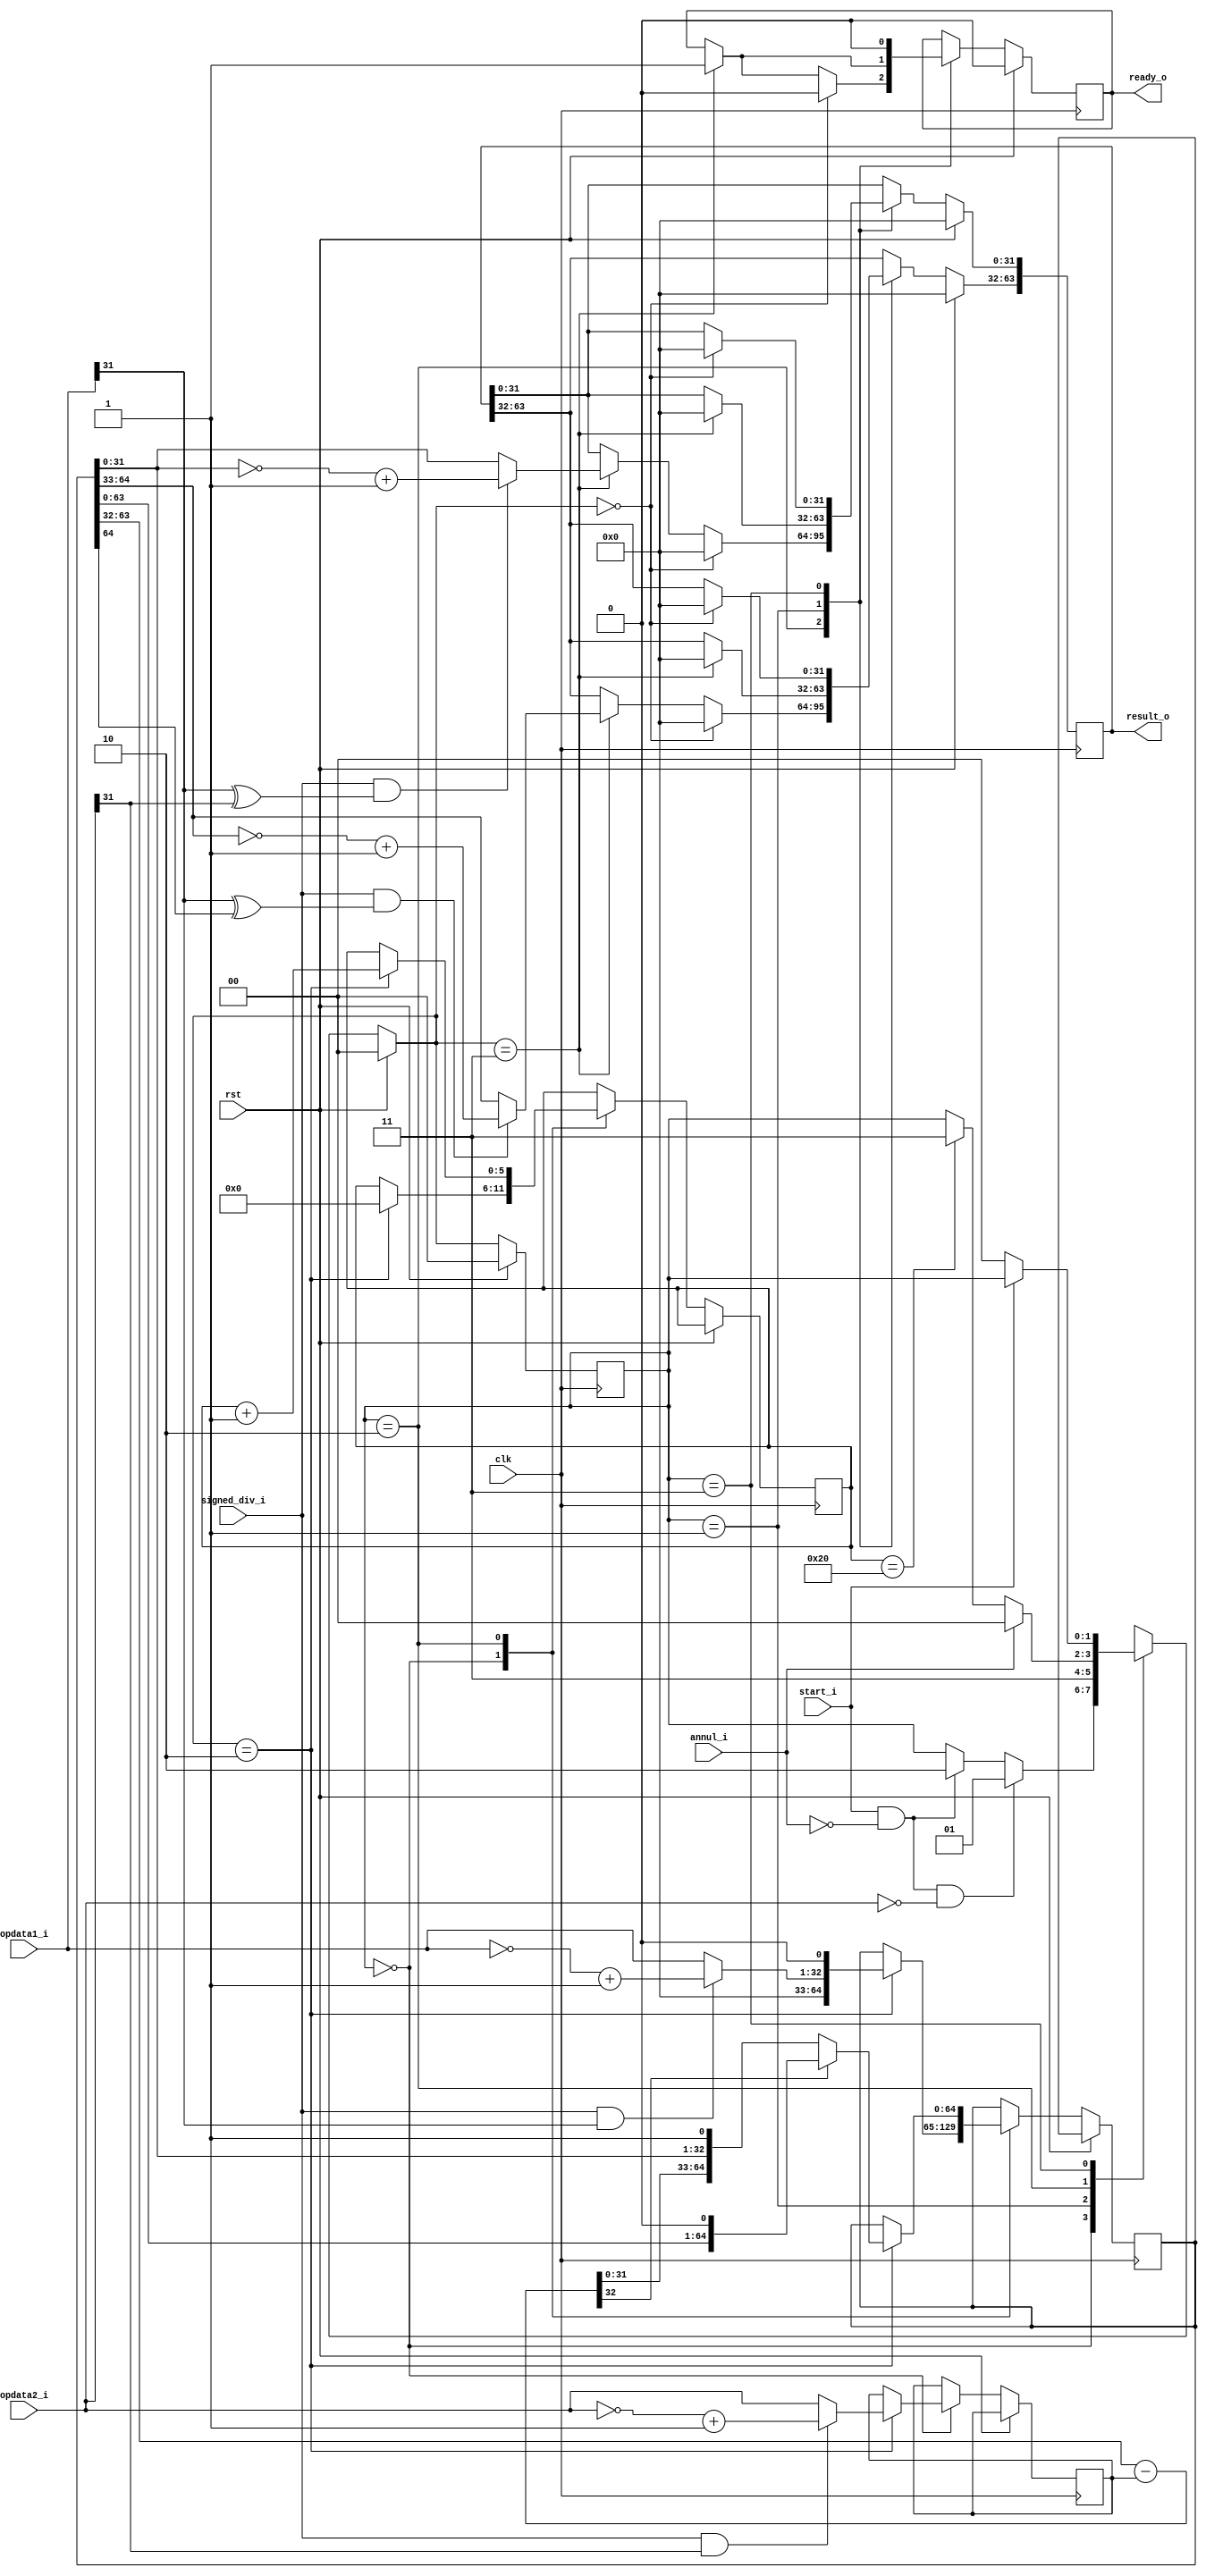
module div(
	input clk,
	input rst,
	
	input	signed_div_i, //
	input [31:0] opdata1_i, opdata2_i,
	input start_i, annul_i, //
	
	output reg [63:0] result_o,
	output reg ready_o
);
	reg [5:0]  cnt; //
	
	localparam DivFree = 0;
	localparam DivByZero = 1;
	localparam DivOn = 2;
	localparam DivEnd = 3;
	reg [1:0] state, next_state;

	//
	always @(posedge clk) begin
		if(rst) state <= DivFree;
		else state <= next_state;
	end
	//
	always @(*) begin
		if(rst) next_state = DivFree;
		else begin
			next_state = state;
			case(state)
				DivFree: begin
					if(start_i && !annul_i && opdata2_i==0)
						next_state = DivByZero;
					else if(start_i && !annul_i)
						next_state = DivOn;
				end
				DivByZero:begin
					next_state = DivEnd;
				end
				DivOn:begin
					if(annul_i) next_state = DivFree;
					else if(cnt==32)  next_state = DivEnd;
				end
				DivEnd: begin
					if(start_i == 0) 
						next_state = DivFree;
				end
			endcase
		end
	end
	
	reg [31:0] temp_op1, temp_op2; //
	reg [64:0] tempresult; //
 	reg [31:0] divisor; //

	wire [32:0] minusres; //
	assign  minusres = {1'b0,tempresult[63:32]} - {1'b0,divisor};

	//

	//resultready
	always @(posedge clk) begin
		if(rst) {ready_o, result_o} <= 0;
		else begin
			case(state)
				DivFree:begin
					if(next_state == DivOn) begin 
						cnt <= 0; //
						//
						if(signed_div_i && opdata1_i[31]) temp_op1 = ~opdata1_i + 1;
						else temp_op1 = opdata1_i; //
						if(signed_div_i && opdata2_i[31]) temp_op2 = ~opdata2_i + 1;
						else temp_op2 = opdata2_i; //
						//
						tempresult <= {32'b0, temp_op1, 1'b0};
						divisor <= temp_op2;
					end //0
				end
				DivOn:begin
					if(next_state == DivOn) begin
						if(minusres[32]) begin
							//
							tempresult <= {tempresult[63:0], 1'b0};
						end
						else begin
							//
							tempresult <= {minusres[31:0], tempresult[31:0],1'b1};
						end
						cnt <= cnt + 1;
					end
					if(next_state == DivEnd) begin
						ready_o <= 1;
						// ->
						if(signed_div_i && (opdata1_i[31] ^ opdata2_i[31]))
							result_o[31:0] <= ~tempresult[31:0] + 1;
						else result_o[31:0] <= tempresult[31:0];
						//->
						if(signed_div_i && (opdata1_i[31] ^ tempresult[64]))
							result_o[63:32] <= ~tempresult[64:33] + 1;
						else result_o[63:32] <= tempresult[64:33];
					end
					if(next_state == DivFree) begin
						{ready_o, result_o} <= 0;
					end
				end
				DivByZero:begin
					if(next_state == DivEnd) begin
						ready_o <= 1;
						result_o <= 0;
					end
				end
				DivEnd:begin
					if(next_state==DivFree)
						result_o <= 0;
						ready_o <= 0;
				end
			endcase
		end
	end

endmodule // div